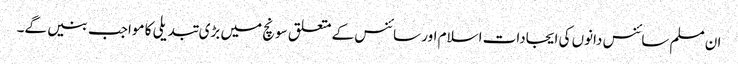
ان مسلم سائنس دانوں کی ایجادات اسلام اور سائنس کے متعلق سونچ میں بڑی تبدیلی کا مواجب بنیں گے۔